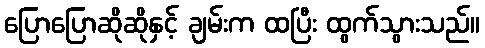
ပြောပြောဆိုဆိုနှင့် ချမ်းက ထပြီး ထွက်သွားသည်။